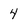
Character: 4